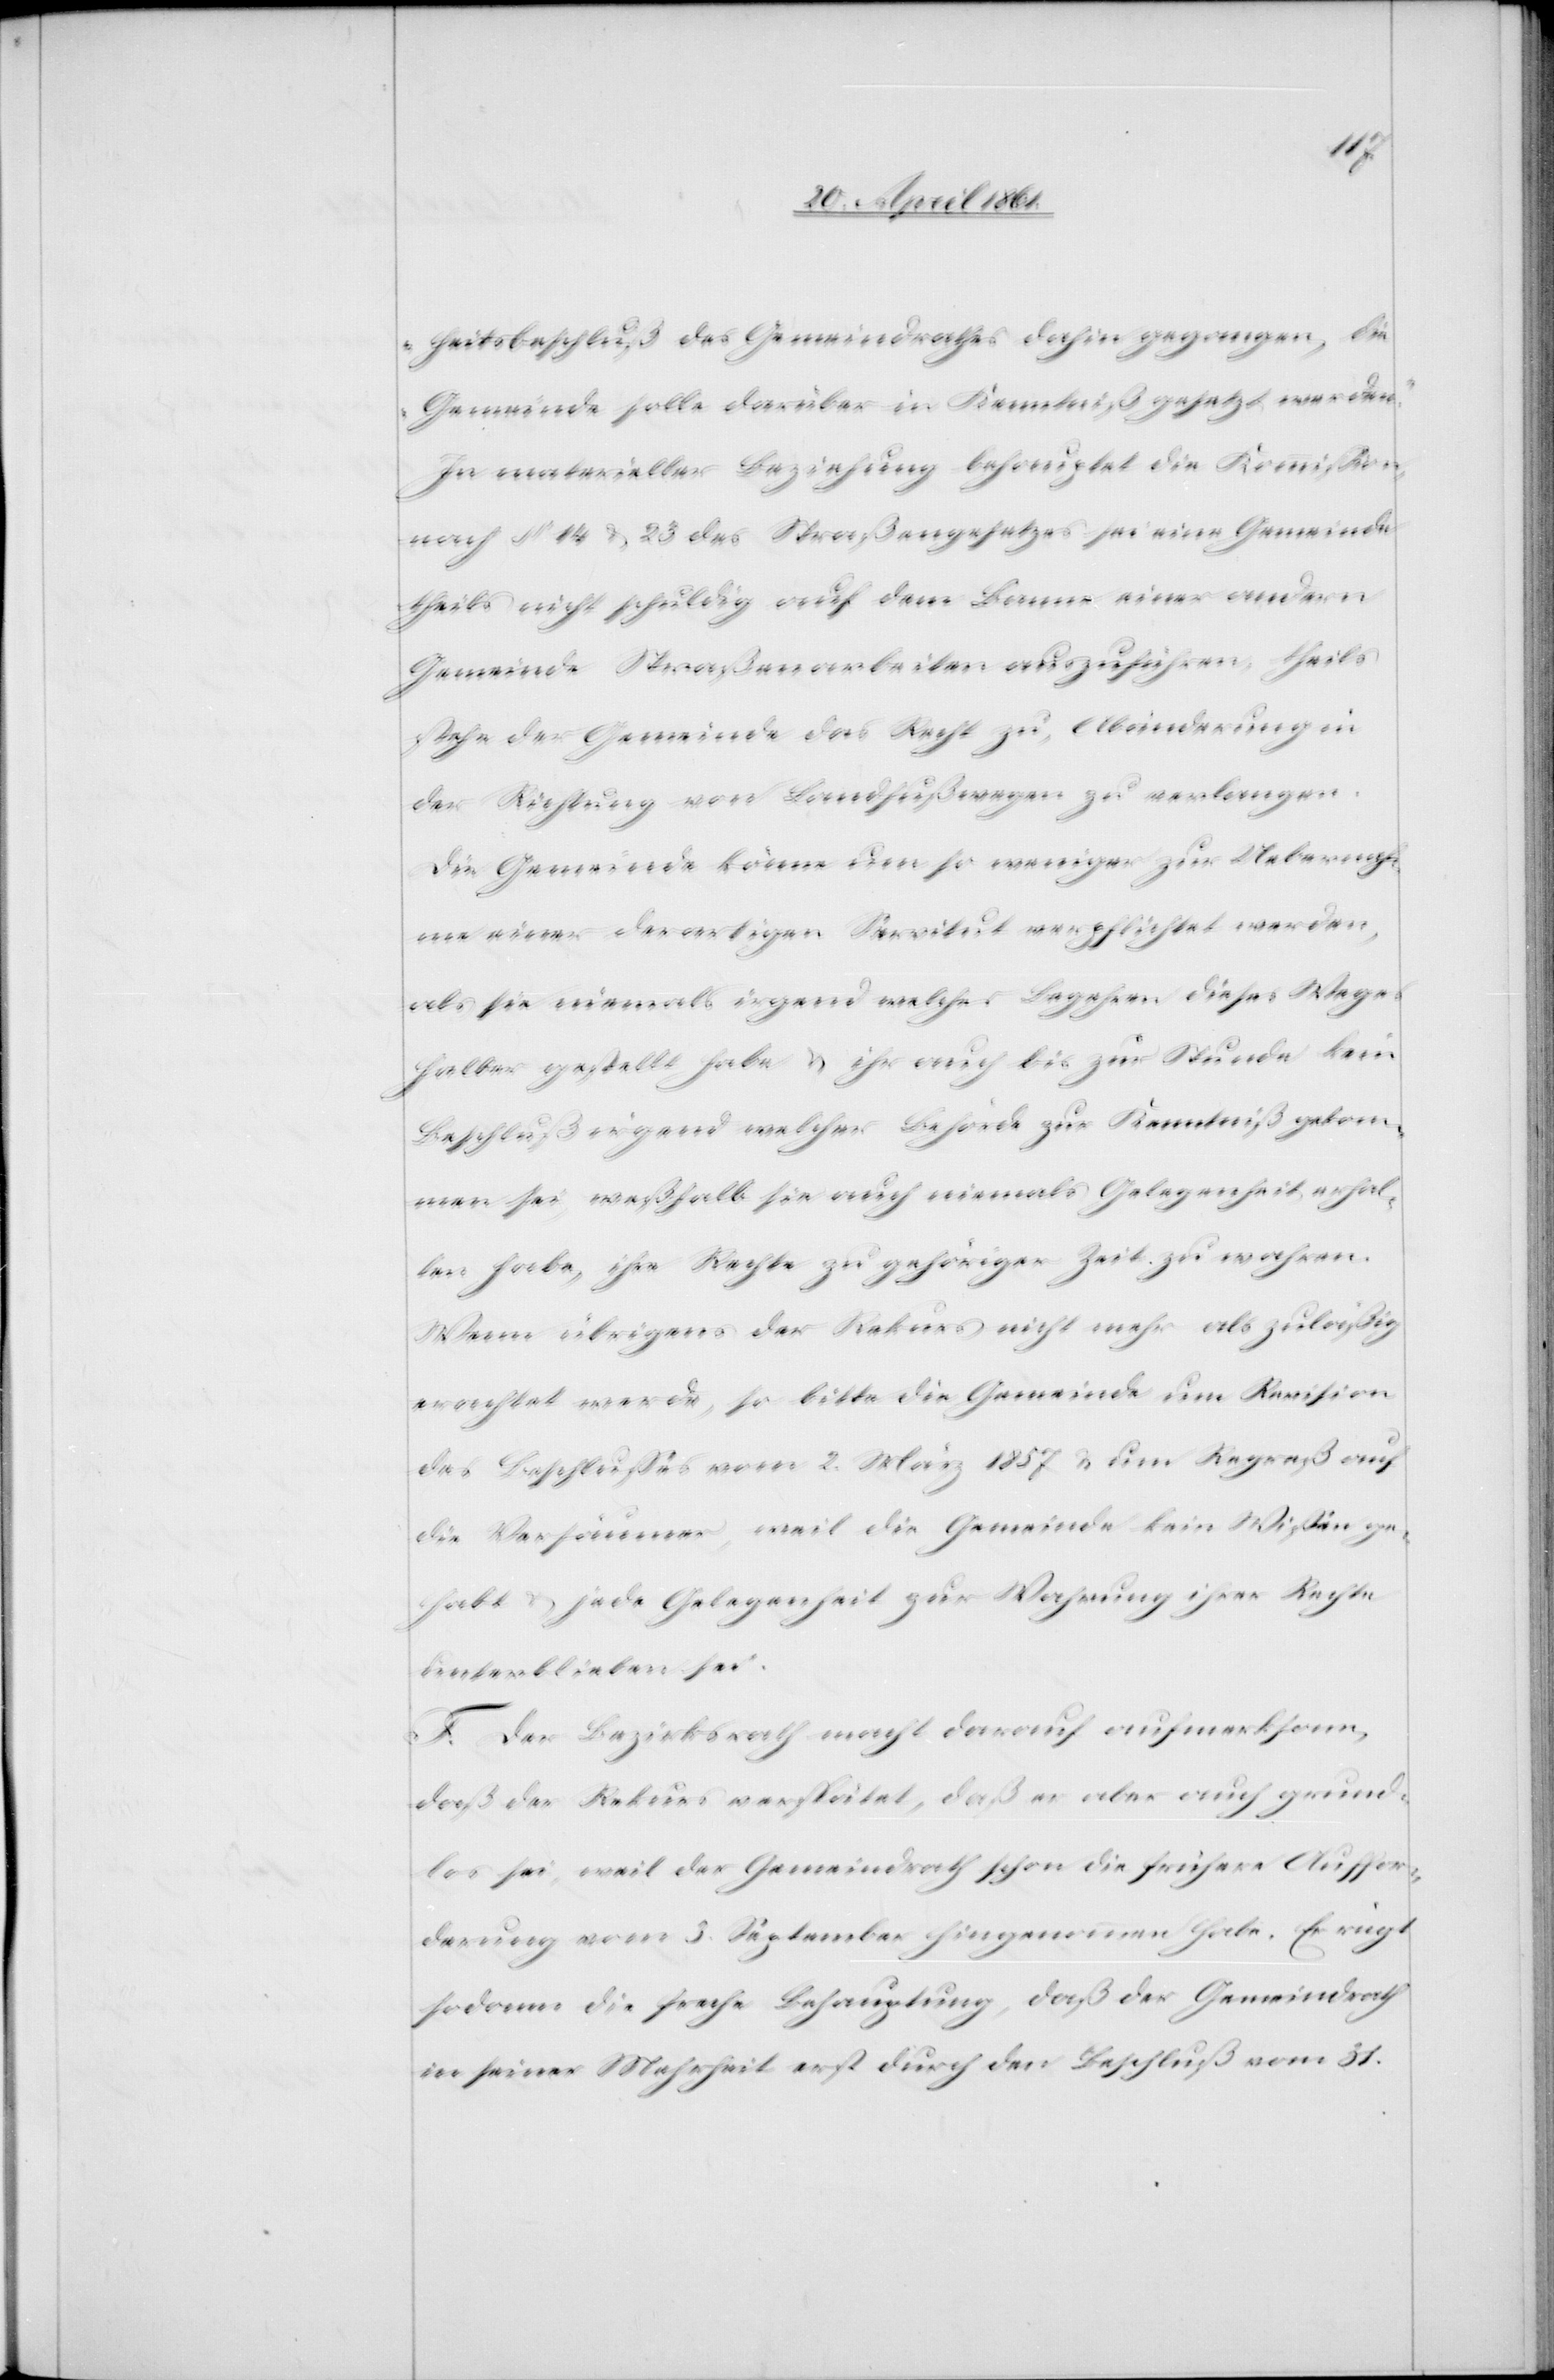
heitsbeschluß des Gemeindrathes dahin gegangen, die
Gemeinde solle darüber in Kenntniß gesetzt werden.“
In materieller Beziehung behauptet die Kommission
nach § 14 u. 23 des Straßengesetzes sei eine Gemeinde
theils nicht schuldig auf dem Banne einer andern
Gemeinde Straßenarbeiten auszuführen, theils
stehe der Gemeinde das Recht zu, Abänderungen
der Richtung von Landfußwegen zu verlangen.
Die Gemeinde könne um so weniger zu Uebernah¬
me einer derartigen Servitut verpflichtet werden,
als sie niemals irgend welches Begehren dieses Weges
halber gestellt habe u. ihr auch bis zur Stunde kein
Beschluß irgend welcher Behörde zur Kenntniß gekom¬
men sei, weßhalb sie auch niemals Gelegenheit erhal¬
ten habe, ihr Recht zu gehöriger Zeit zu wahren.
Wenn übrigens der Rekurs nicht mehr als zuläßig
erachtet werde, so bitte die Gemeinde um Revision
des Beschlusses vom 2. März 1857 u. um Repreß auf
die Versäumer, weil die Gemeinde kein Wißen ge¬
habt u. jede Gelegenheit zur Wahrung ihrer Rechte
unterblieben sei.
F. Der Bezirksrath macht darauf aufmerksam,
daß der Rekurs verspätet, daß er aber auch grund¬
los sei, weil der Gemeindrath schon die frühere Auffor¬
derung vom 3. September hingenommen habe. Er rügt
sodann die freche Behauptung, daß der Gemeindrath
in seiner Mehrheit erst durch den Beschluß vom 31.